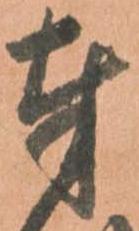
奉